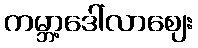
ကမ္ဘာ့ဒေါ်လာဈေး